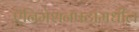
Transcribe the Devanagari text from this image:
ऍनिमेशनपटांमधील